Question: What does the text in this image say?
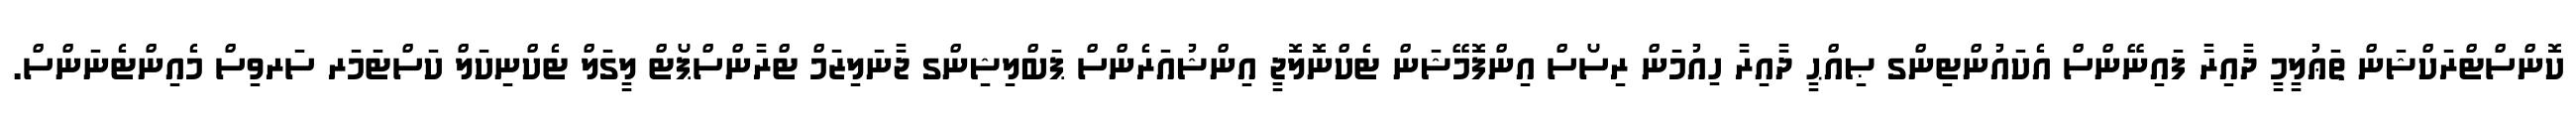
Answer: ކޮންސްޓްރަކްޝަން ތަޢުލީމީ ދާއިރާ ފައިނޭންސް އެކައުންޓިންގ ޞިއްޙީ ދާއިރާ ހިއުމަން ރިސޯސް އިންފޮމޭޝަން ޓެކްނޮލޮޖީ އިންޝުއަރެންސް ޕަބްލިޝިންގ ޖާނަލިޒަމް ޓްރާންސްޕޯޓް ލީގަލް ޓެކްނިކަލް ކަސްޓަމަރ ސަރވިސް މެއިންޓެނަންސް.